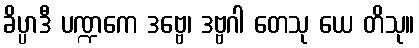
ခိပ္ပာဒီ ပဏ္ဍကေ ဒဗ္ဗေ၊ ဒဗ္ဗဂါ တေသု ယေ တိသု။